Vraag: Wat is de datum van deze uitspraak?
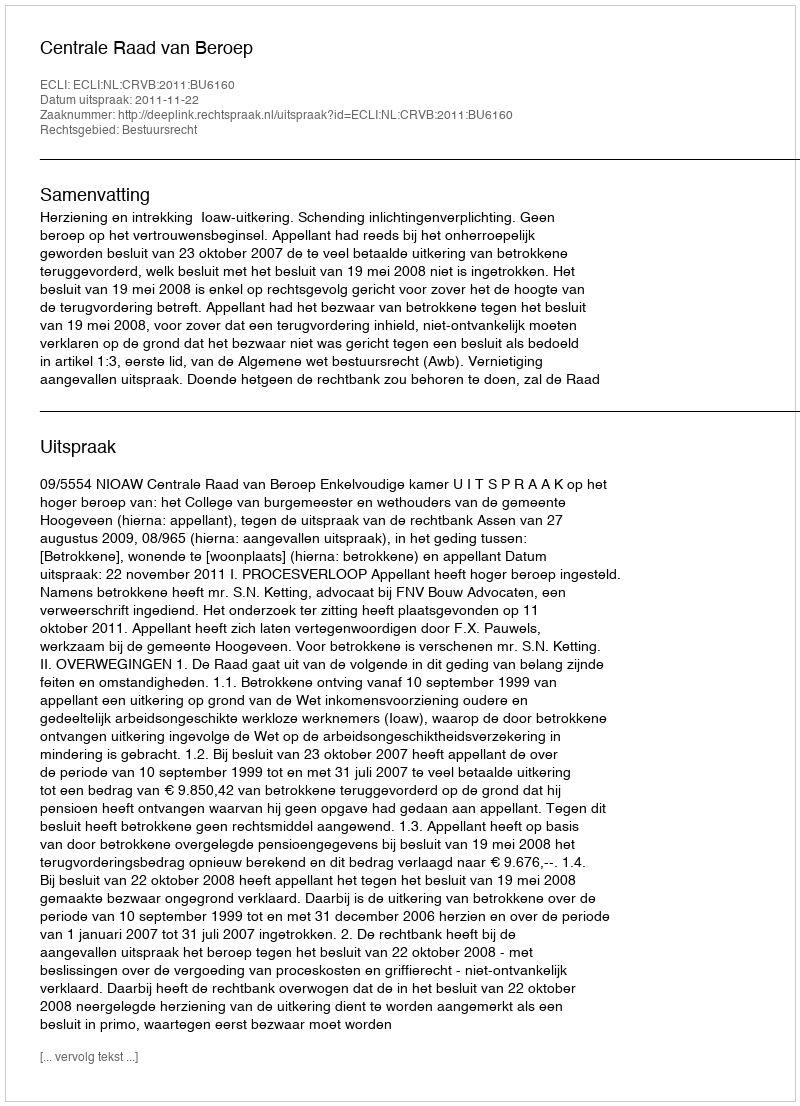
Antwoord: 2011-11-22